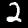
Digit: 2